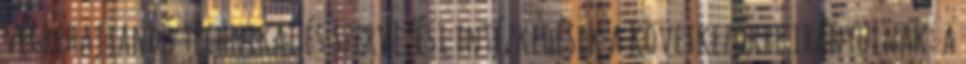
végrehajtandó technikai és szervezési intézkedések a következőkre irányulnak: a